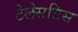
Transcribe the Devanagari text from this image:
टेलेसटिस